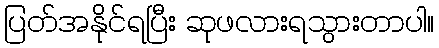
ပြတ်အနိုင်ရပြီး ဆုဖလားရသွားတာပါ။